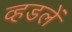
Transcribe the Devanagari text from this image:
व्हडलें